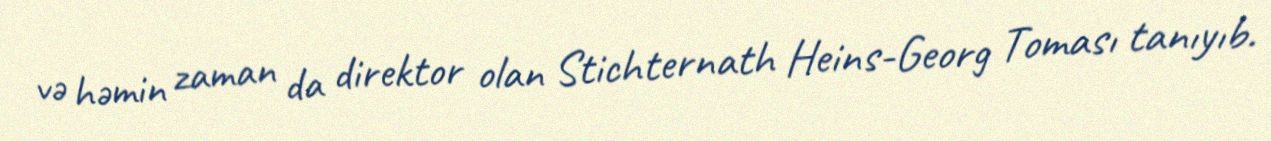
və həmin zaman da direktor olan Stichternath Heins-Georg Toması tanıyıb.